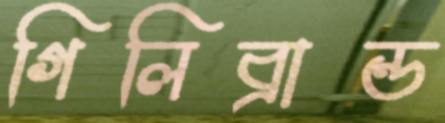
গিলিব্রান্ড